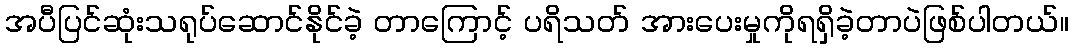
အပီပြင်ဆုံးသရုပ်ဆောင်နိုင်ခဲ့ တာကြောင့် ပရိသတ် အားပေးမှုကိုရရှိခဲ့တာပဲဖြစ်ပါတယ်။